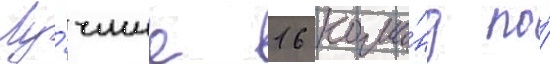
Лу́чшие 16 кома́нд по́